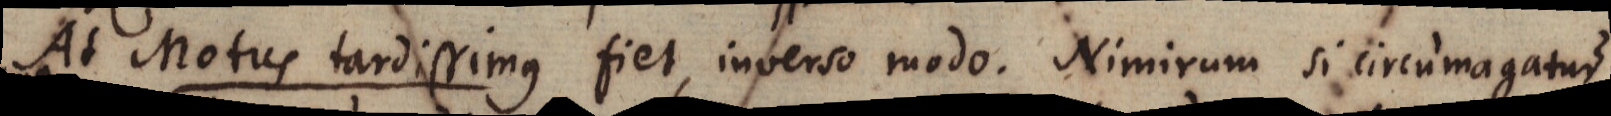
At Motus tardissimus fiet, inverso modo. Nimirum si circumagatur